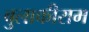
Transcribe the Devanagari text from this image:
बुलाकीराम